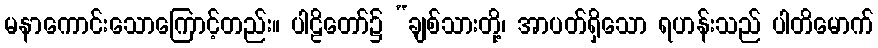
မနာကောင်းသောကြောင့်တည်း။ ပါဠိတော်၌ “ချစ်သားတို့၊ အာပတ်ရှိသော ရဟန်းသည် ပါတိမောက်